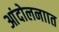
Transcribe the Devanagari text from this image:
आंदोलनाात